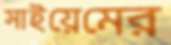
সাইয়েমের